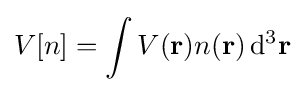
V[n]=\int V(\mathbf {r} )n(\mathbf {r} )\,\mathrm {d} ^{3}\mathbf {r}